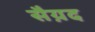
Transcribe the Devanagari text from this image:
सैय़द